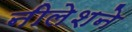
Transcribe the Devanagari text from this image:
नीलेशने